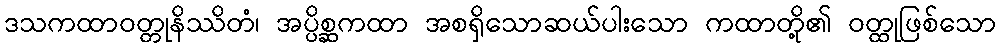
ဒသကထာဝတ္တုနိဿိတံ၊ အပ္ပိစ္ဆကထာ အစရှိသောဆယ်ပါးသော ကထာတို့၏ ဝတ္ထုဖြစ်သော